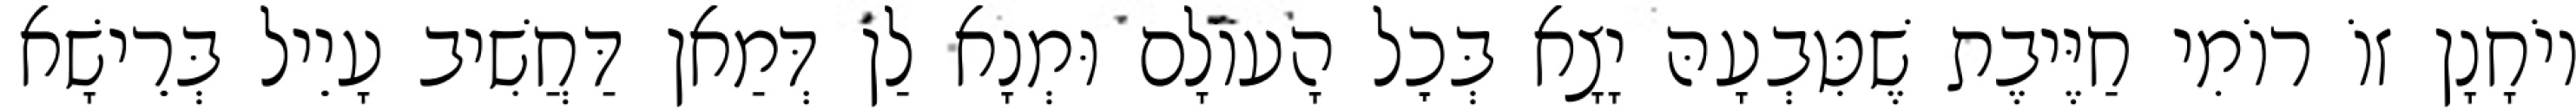
יוֹחָנָן זוֹ רוֹמִי חַיֶּיבֶת שֶׁטִּבְעָהּ יָצָא בְּכׇל הָעוֹלָם וּמְנָא לַן דְּמַאן דַּחֲשִׁיב עָיֵיל בְּרֵישָׁא